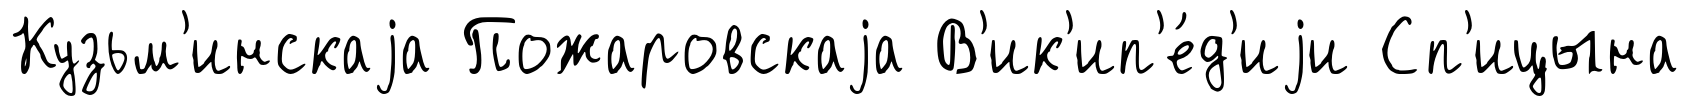
Кузьм'инскаjа Пожаровскаjа В'ик'ип'е́д'иjи Сп'ицына